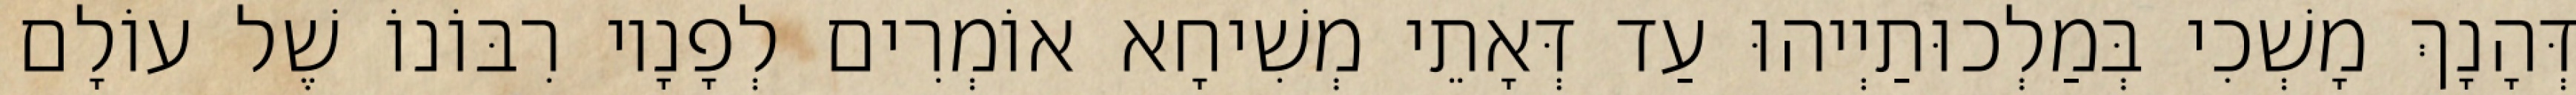
דְּהָנָךְ מָשְׁכִי בְּמַלְכוּתַיְיהוּ עַד דְּאָתֵי מְשִׁיחָא אוֹמְרִים לְפָנָיו רִבּוֹנוֹ שֶׁל עוֹלָם